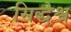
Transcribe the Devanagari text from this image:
सिद्धेश्व